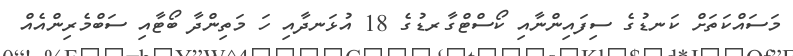
މަސައްކަތަށް ކަނޑުގެ ސިފައިންނާއި ކޯސްޓްގާރޑުގެ 18 އުޅަނދާއި ހަ މަތިންދާ ބޯޓާއި ސަބްމެރިންއެއް